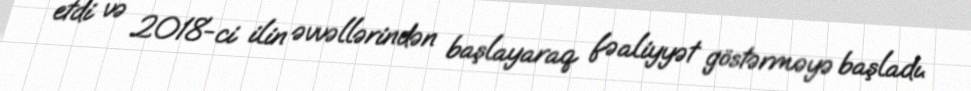
etdi və 2018-ci ilin əvvəllərindən başlayaraq fəaliyyət göstərməyə başladı.